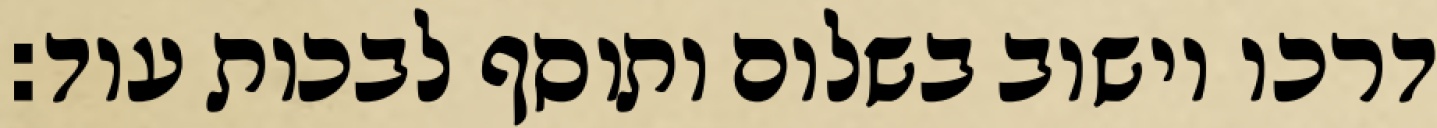
דרכו וישוב בשלום ותוסף לבכות עוד: